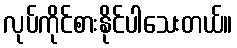
လုပ်ကိုင်စားနိုင်ပါသေးတယ်။